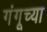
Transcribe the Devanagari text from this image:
गंगूच्या